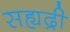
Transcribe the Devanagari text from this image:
सह्यद्री